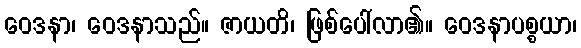
ဝေဒနာ၊ ဝေဒနာသည်။ ဇာယတိ၊ ဖြစ်ပေါ်လာ၏။ ဝေဒနာပစ္စယာ၊